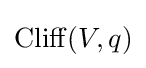
\operatorname {Cliff} (V,q)